Indian Medical Review
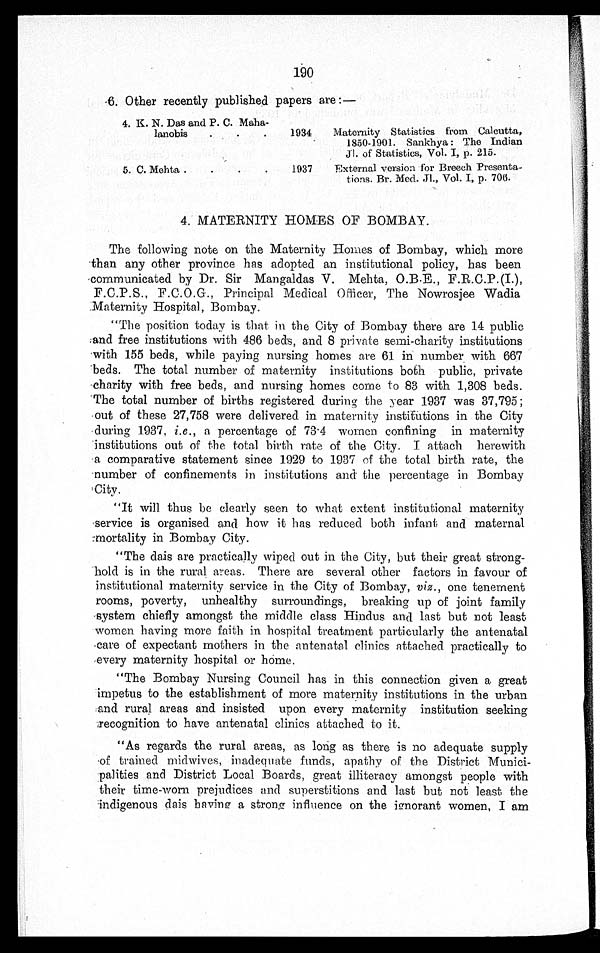
190
6. Other recently published papers are:—
4. K. N. Das and P. C. Maha
-lanobis . . .
1934 Maternity Statistics from Calcutta,
1850-1901. Sankhya: The Indian
Jl. of Statistics, Vol. I, p. 215.
5. C. Mehta . . .
1937 External version for Breech Presenta
-tions. Br. Med. Jl., Vol. I, p. 706.
4. MATERNITY HOMES OF BOMBAY.
The following note on the Maternity Homes of Bombay, which more
than any other province has adopted an institutional policy, has been
communicated by Dr. Sir Mangaldas V. Mehta, O.B.E., F.R.C.P.(I.),
F.C.P.S., F.C.O.G., Principal Medical Officer, The Nowrosjee Wadia
Maternity Hospital, Bombay.
"The position today is that in the City of Bombay there are 14 public
and free institutions with 486 beds, and 8 private semi-charity institutions
with 155 beds, while paying nursing homes are 61 in number with 667
beds. The total number of maternity institutions both public, private
charity with free beds, and nursing homes come to 83 with 1,308 beds.
The total number of births registered during the year 1937 was 37,795;
out of these 27,758 were delivered in maternity institutions in the City
during 1937, i.e., a percentage of 73.4 women confining in maternity
institutions out of the total birth rate of the City. I attach herewith
a comparative statement since 1929 to 1937 of the total birth rate, the
number of confinements in institutions and the percentage in Bombay
City.
"It will thus be clearly seen to what extent institutional maternity
service is organised and how it has reduced both infant and maternal
mortality in Bombay City.
"The dais are practically wiped out in the City, but their great strong
- h o l d i s i n t h e r u r a l a r e a s . T h e r e a r e s e v e r a l o t h e r f a c t o r s i n f a v o u r o f
institutional maternity service in the City of Bombay, viz., one tenement
rooms, poverty, unhealthy surroundings, breaking up of joint family
system chiefly amongst the middle class Hindus and last but not least
women having more faith in hospital treatment particularly the antenatal
care of expectant mothers in the antenatal clinics attached practically to
every maternity hospital or home.
"The Bombay Nursing Council has in this connection given a great
impetus to the establishment of more maternity institutions in the urban
and rural areas and insisted upon every maternity institution seeking
recognition to have antenatal clinics attached to it.
"As regards the rural areas, as long as there is no adequate supply
of trained midwives, inadequate funds, apathy of the District Munici
- p a l i t i e s a n d D i s t r i c t L o c a l B o a r d s , g r e a t i l l i t e r a c y a m o n g s t p e o p l e w i t h
their time-worn prejudices and superstitions and last but not least the
indigenous dais having a strong influence on the ignorant women, I am